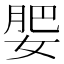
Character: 𡝞